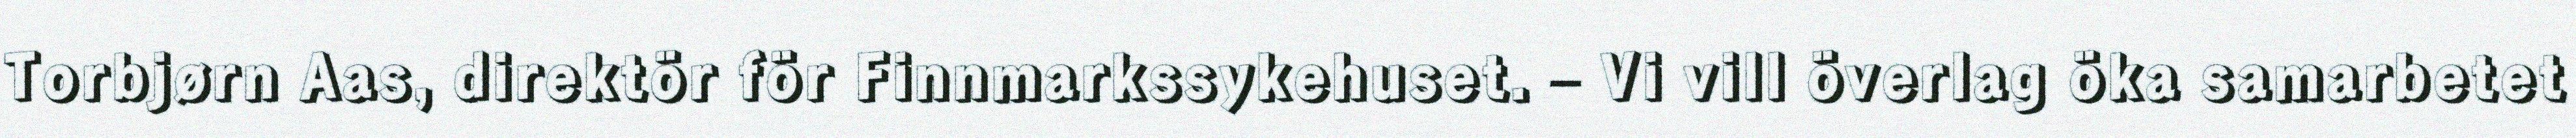
Torbjørn Aas, direktör för Finnmarkssykehuset. – Vi vill överlag öka samarbetet